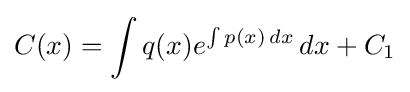
C(x)=\int q(x)e^{\int p(x)\,dx}\,dx+C_{1}